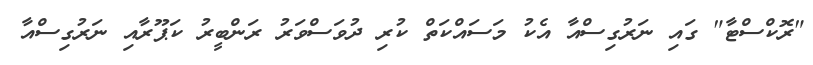
"ރޮކްސްޓާ" ގައި ނަރުގިސްއާ އެކު މަސައްކަތް ކުރި ދުވަސްވަރު ރަންބީރު ކަޕޫރާއި ނަރުގިސްއާ